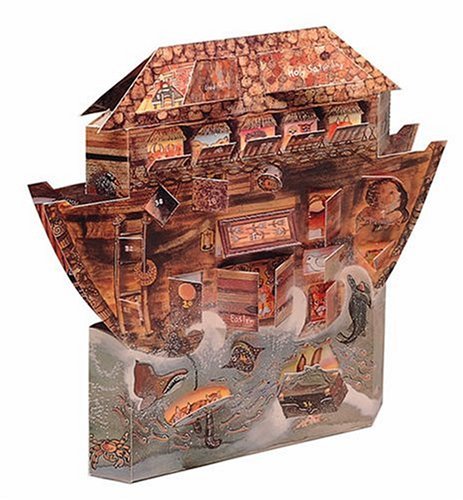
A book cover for Forty Days and Forty Nights; Liturgy Training Publications; Calendars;